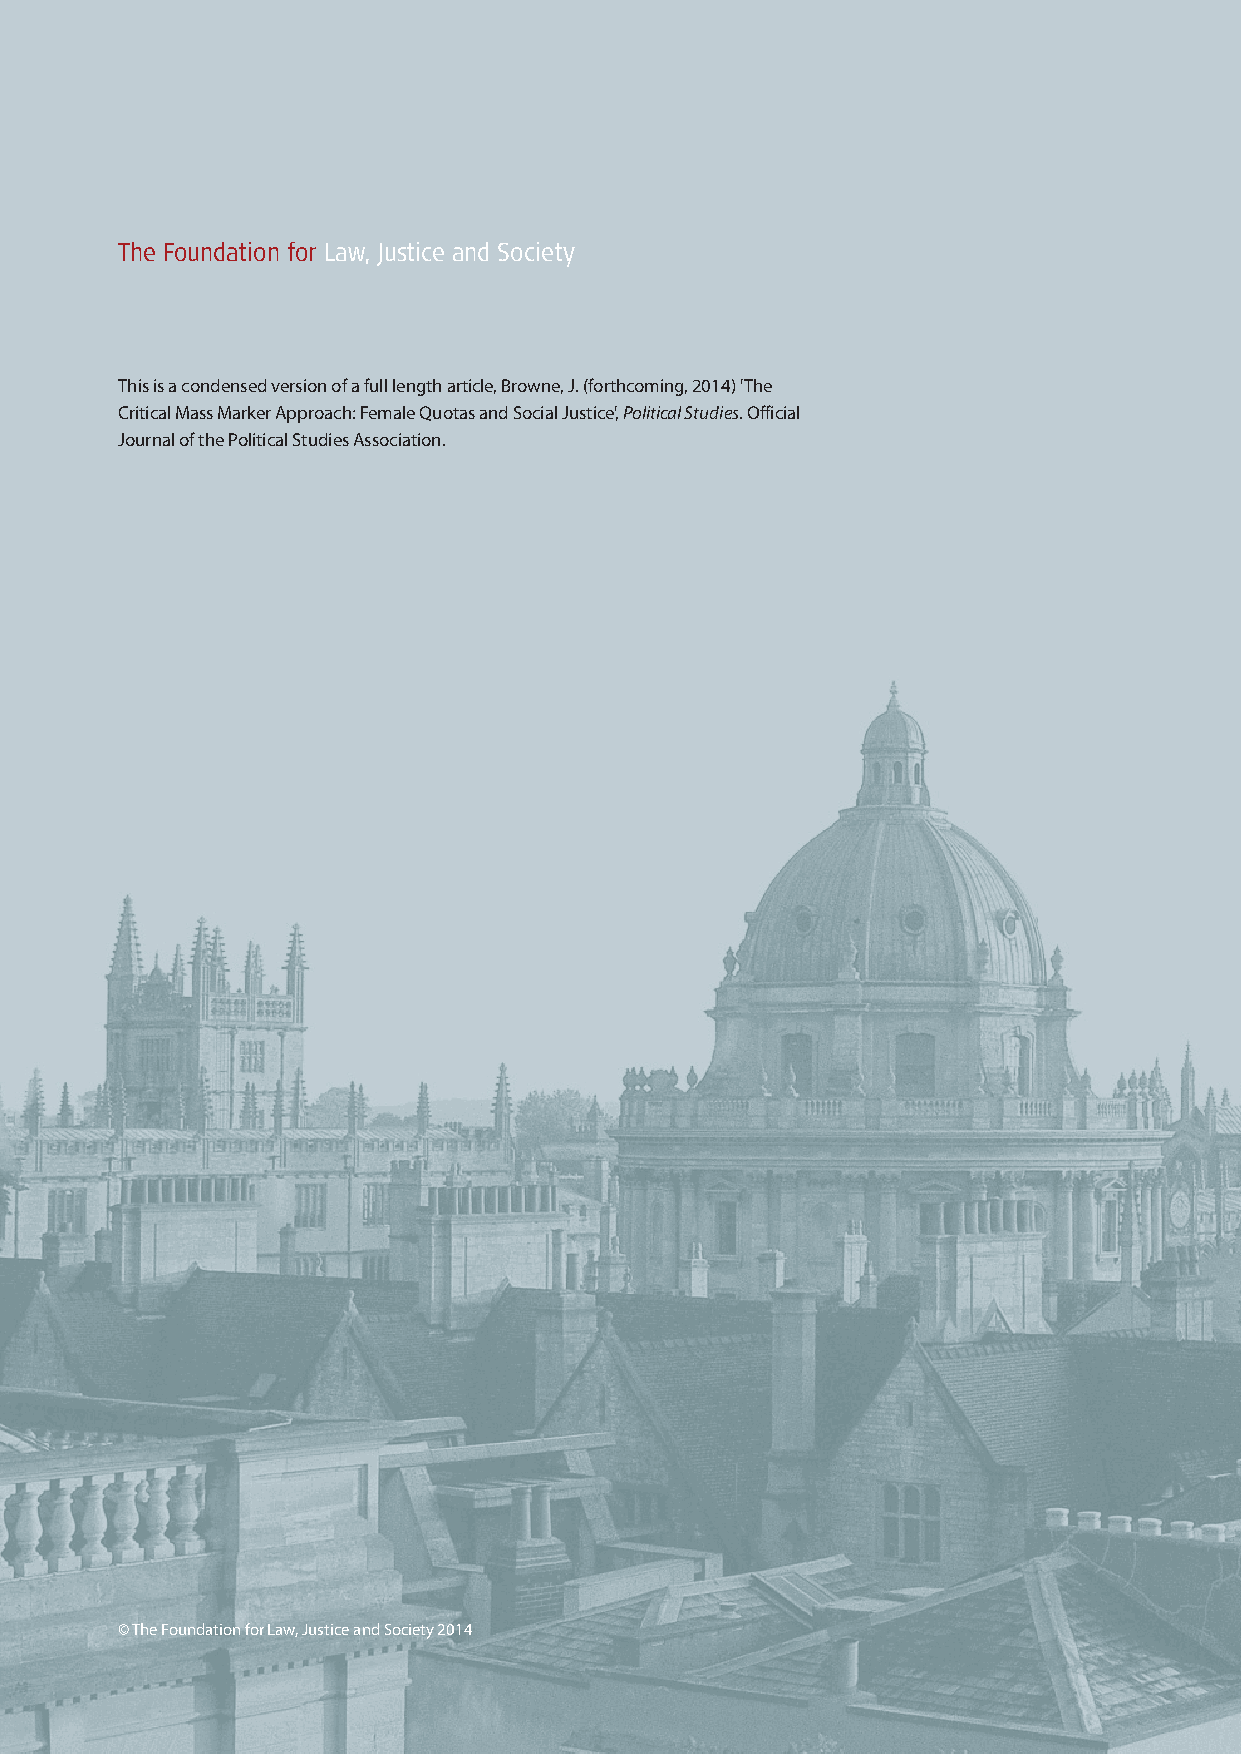
Brown PB_Layout 1 09/06/2014 11:25 Page 4
 The Foundation for Law, Justice and Society
 This is a condensed version of a full length article, Browne, J. (forthcoming, 2014) 'The
 Critical Mass Marker Approach: Female Quotas and Social Justice', Political Studies. Official
 Journal of the Political Studies Association.
 © The Foundation for Law, Justice and Society 2014